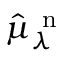
\hat { \mu } _ { \lambda } ^ { \mathrm { ~ n ~ } }